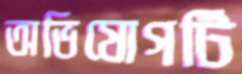
অভিযোগটি